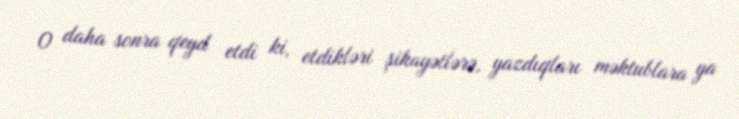
O daha sonra qeyd etdi ki, etdikləri şikayətlərə, yazdıqları məktublara ya